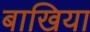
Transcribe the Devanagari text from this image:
बाखिया